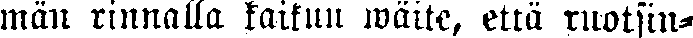
män rinnalla kaikuu wäite, että ruotsin-